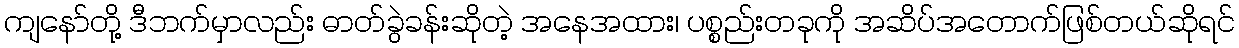
ကျနော်တို့ ဒီဘက်မှာလည်း ဓာတ်ခွဲခန်းဆိုတဲ့ အနေအထား၊ ပစ္စည်းတခုကို အဆိပ်အတောက်ဖြစ်တယ်ဆိုရင်